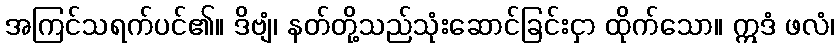
အကြင်သရက်ပင်၏။ ဒိဗျံ၊ နတ်တို့သည်သုံးဆောင်ခြင်းငှာ ထိုက်သော။ ဣဒံ ဖလံ၊